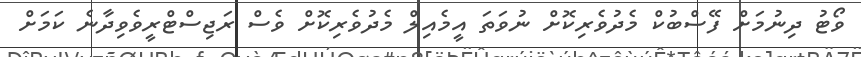
ވޯޓު ދިނުމަށް ފޭސްބުކް މެދުވެރިކޮށް ނުވަތަ އީމެއިލް މެދުވެރިކޮށް ވެސް ރަޖިސްޓްރީވެވިދާނެ ކަމަށް